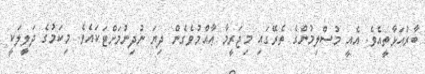
ބާރުއަޅާތީއެވެ. އެއީ މުސްލިމުންގެ ތެރޭގައި މިޖަރީމާ ޢާއްމުވެގެން ދިޔަ ނުދިނުމަށްޓަކައެވެ. މިކަމުގެ ދަލީލަކީ